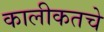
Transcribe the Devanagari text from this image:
कालीकतचे